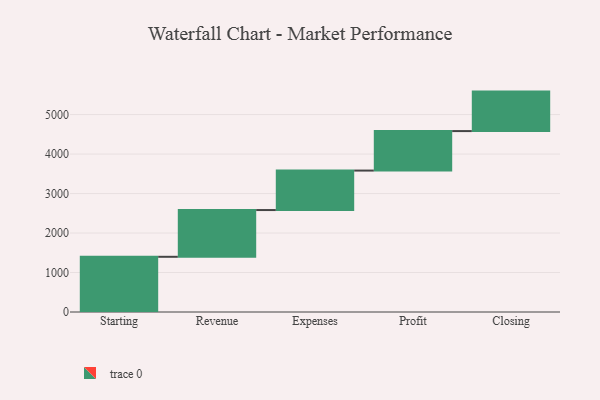
{"axis": {"x": "Step", "y": "Value"}, "legend": [""], "data": [{"x": "Starting", "y": 1398.0, "type": ""}, {"x": "Revenue", "y": 1184.0, "type": ""}, {"x": "Expenses", "y": 1000, "type": ""}, {"x": "Profit", "y": 1000, "type": ""}, {"x": "Closing", "y": 1000, "type": ""}]}